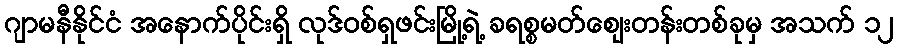
ဂျာမနီနိုင်ငံ အနောက်ပိုင်းရှိ လုဒ်ဝစ်ရှဖင်းမြို့ရဲ့ ခရစ္စမတ်ဈေးတန်းတစ်ခုမှ အသက် ၁၂